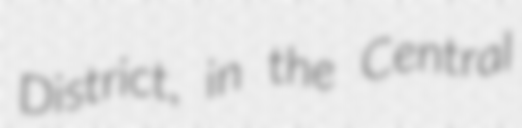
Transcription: District, in the Central